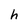
Character: h